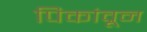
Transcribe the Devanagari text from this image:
पिकांव्रून